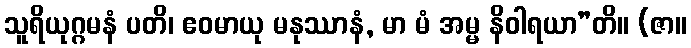
သူရိယုဂ္ဂမနံ ပတိ၊ ဧဝမာယု မနုဿာနံ, မာ မံ အမ္မ နိဝါရယာ”တိ။ (ဇာ။